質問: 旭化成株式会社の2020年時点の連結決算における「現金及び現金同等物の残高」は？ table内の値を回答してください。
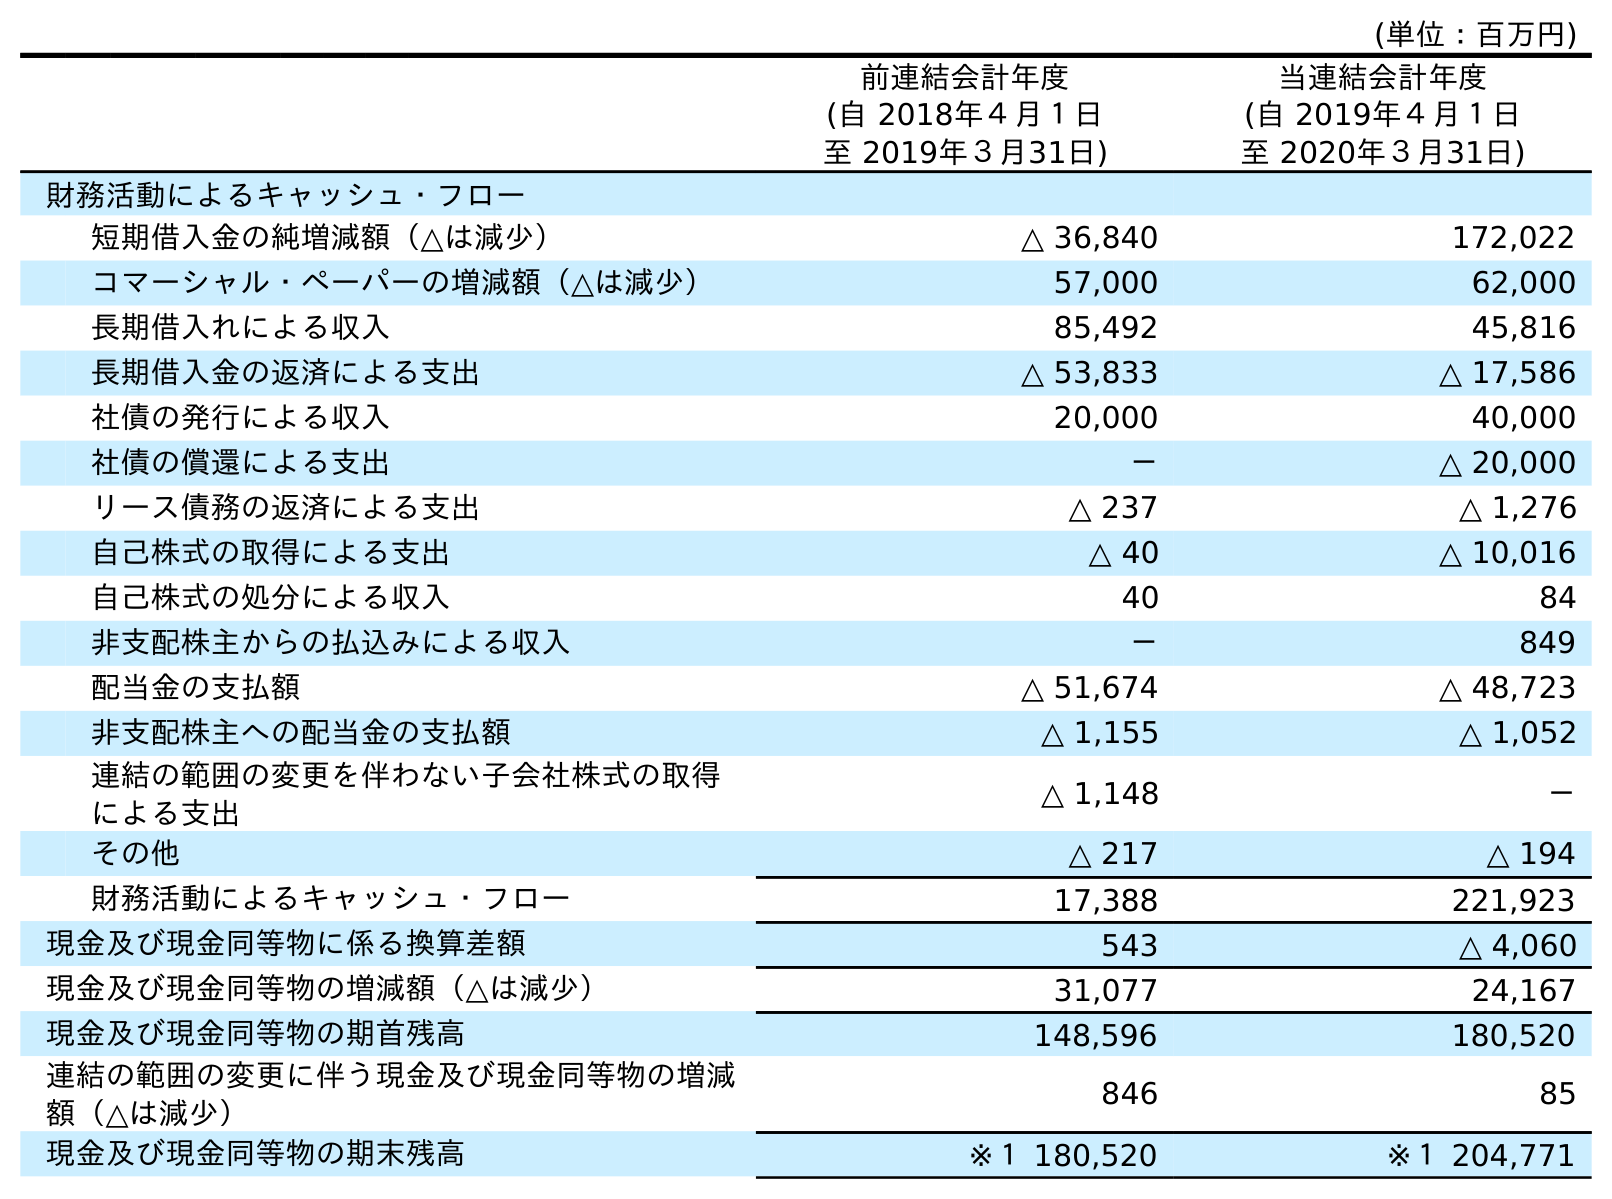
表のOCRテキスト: (単位：百万円) 前連結会計年度 (自 2018年４月１日 至 2019年３月31日) 当連結会計年度 (自 2019年４月１日 至 2020年３月31日) 財務活動によるキャッシュ・フロー 短期借入金の純増減額（△は減少） △ 36,840 172,022 コマーシャル・ペーパーの増減額（△は減少） 57,000 62,000 長期借入れによる収入 85,492 45,816 長期借入金の返済による支出 △ 53,833 △ 17,586 社債の発行による収入 20,000 40,000 社債の償還による支出 － △ 20,000 リース債務の返済による支出 △ 237 △ 1,276 自己株式の取得による支出 △ 40 △ 10,016 自己株式の処分による収入 40 84 非支配株主からの払込みによる収入 － 849 配当金の支払額 △ 51,674 △ 48,723 非支配株主への配当金の支払額 △ 1,155 △ 1,052 連結の範囲の変更を伴わない子会社株式の取得 による支出 △ 1,148 － その他 △ 217 △ 194 財務活動によるキャッシュ・フロー 17,388 221,923 現金及び現金同等物に係る換算差額 543 △ 4,060 現金及び現金同等物の増減額（△は減少） 31,077 24,167 現金及び現金同等物の期首残高 148,596 180,520 連結の範囲の変更に伴う現金及び現金同等物の増減 額（△は減少） 846 85 現金及び現金同等物の期末残高 ※１ 180,520 ※１ 204,771
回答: ※１204,771